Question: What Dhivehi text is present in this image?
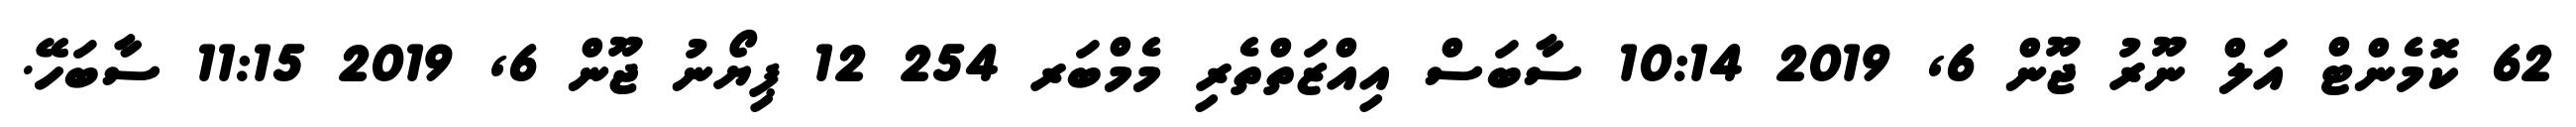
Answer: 62 ކޮމެންޓް އަލް ނޫރު ޖޫން 6, 2019 10:14 ސާބަސް އިއްޒަތްތެރި މެމްބަރ 254 12 ޕިޔޯނު ޖޫން 6, 2019 11:15 ސާބަހޭ.